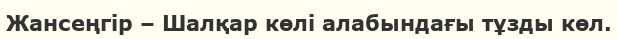
Жансеңгір – Шалқар көлі алабындағы тұзды көл.